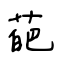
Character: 葩